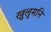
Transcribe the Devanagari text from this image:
खुलुमनि